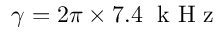
\gamma = 2 \pi \times 7 . 4 \; \mathrm { ~ k ~ H ~ z ~ }